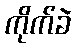
ကိုက်ခဲ